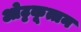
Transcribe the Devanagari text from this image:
ओट्टकूत्तन